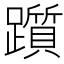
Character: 躓